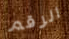
الرقم